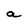
Character: a